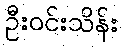
ဦးဝင်းသိန်း